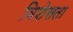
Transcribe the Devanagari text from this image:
विशेसता